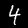
Label: 4